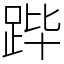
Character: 跸